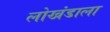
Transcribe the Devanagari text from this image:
लोखंडाला